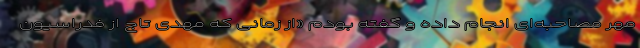
مهر مصاحبه‌ای انجام داده و گفته بودم «از زمانی که مهدی تاج از فدراسیون